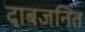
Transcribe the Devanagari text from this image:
दाबजनित